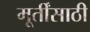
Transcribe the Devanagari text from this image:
मूर्तींसाठी